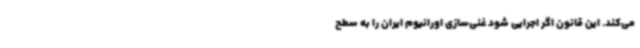
می‌کند. این قانون اگر اجرایی شود غنی‌سازی اورانیوم ایران را به سطح